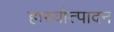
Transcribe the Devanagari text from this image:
हास्योत्पादन